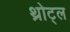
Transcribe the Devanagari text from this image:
थ्रोट्ल